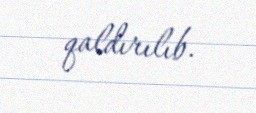
qaldırılıb.